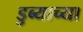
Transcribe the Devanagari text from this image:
डुब्याच्या